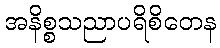
အနိစ္စသညာပရိစိတေန